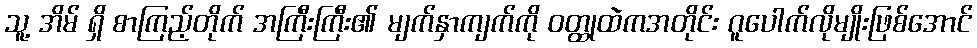
သူ့ အိမ် ရှိ စာကြည့်တိုက် အကြီးကြီး၏ မျက်နှာကျက်ကို ဝတ္ထုထဲကအတိုင်း ဂူပေါက်လိုမျိုးဖြစ်အောင်